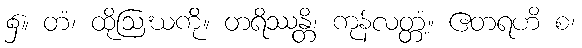
၌။ တံ၊ ထိုဩဃကို။ တရိဿန္တိ၊ ကုန်လတ္တံ့။ ဧတရဟိ စ၊